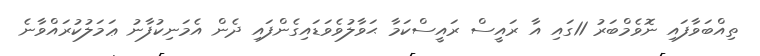
ތިއްބަވާފައި ނޮވެމްބަރު 11ގައި އާ ރައީސް ރައީސްކަމާ ޙަވާލުވެވަޑައިގެންފައި ދެން އެމަނިކުފާނު ޢަމަލުކުރައްވާނެ